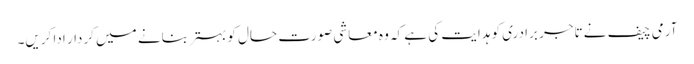
آرمی چیف نے تاجر برادری کو ہدایت کی ہے کہ وہ معاشی صورت حال کو بہتر بنانے میں کردار ادا کریں۔